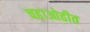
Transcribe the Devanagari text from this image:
चढाओढीत